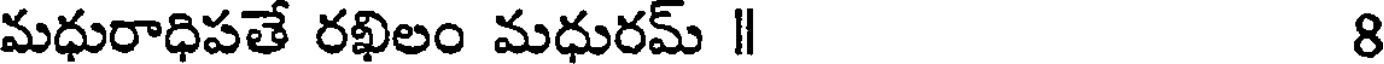
మధురాధిపతే రఖిలం మధురమ్ || 8